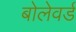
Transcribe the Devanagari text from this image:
बोलेवर्ड